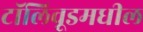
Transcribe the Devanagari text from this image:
टॉलिवूडमधील